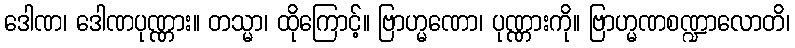
ဒေါဏ၊ ဒေါဏပုဏ္ဏား။ တသ္မာ၊ ထိုကြောင့်။ ဗြာဟ္မဏော၊ ပုဏ္ဏားကို။ ဗြာဟ္မဏစဏ္ဍာလောတိ၊